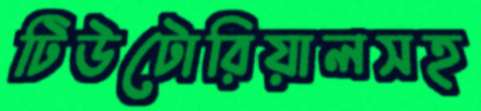
টিউটোরিয়ালসহ